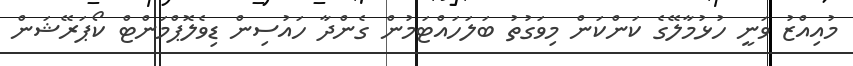
މުއިއްޒު ވަނީ ހުޅުމާލޭގެ ކަންކަން މިވަގުތު ބަލަހައްޓަމުން ގެންދާ ހައުސިން ޑިވެލޮޕްމަންޓް ކޯޕަރޭޝަން